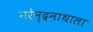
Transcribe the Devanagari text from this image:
नरेन्द्रनाथाला